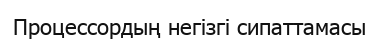
Процессордың негізгі сипаттамасы